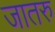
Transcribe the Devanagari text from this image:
जातरु